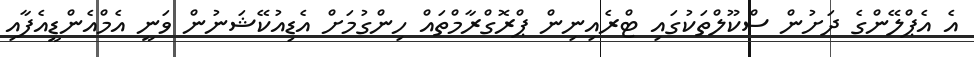
އެ އެޕްލޭންގެ ދަށުން ސްކޫލްތަކުގައި ޓްރެއިނިން ޕްރޮގްރާމްތައް ހިންގުމަށް އެޑިއުކޭޝަނުން ވަނީ އެމްއެންޑީއެފާއި